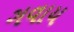
ગવાય